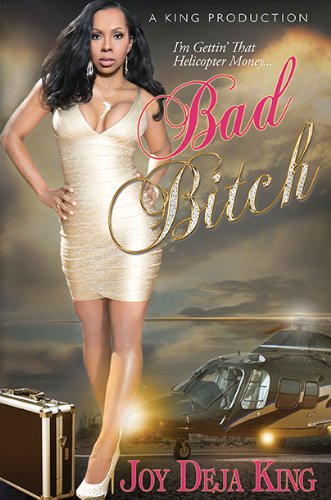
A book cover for Bad Bitch (Bitch Series); Joy Deja King; Literature & Fiction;